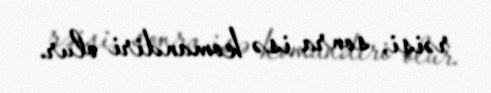
rəisi, sonra isə komandiri olur.